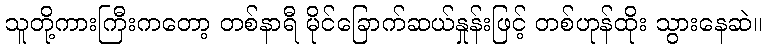
သူတို့ကားကြီးကတော့ တစ်နာရီ မိုင်ခြောက်ဆယ်နှုန်းဖြင့် တစ်ဟုန်ထိုး သွားနေဆဲ။